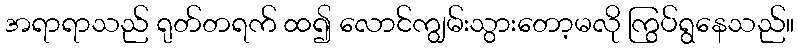
အရာရာသည် ရုတ်တရက် ထ၍ လောင်ကျွမ်းသွားတော့မလို ကြွပ်ရွနေသည်။